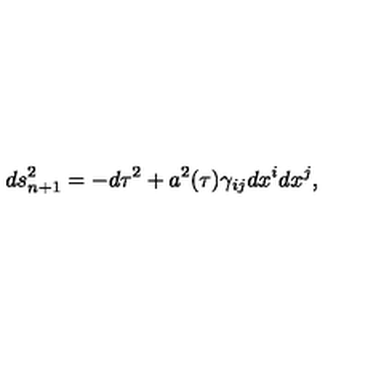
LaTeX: d s _ { n + 1 } ^ { 2 } = - d \tau ^ { 2 } + a ^ { 2 } ( \tau ) \gamma _ { i j } d x ^ { i } d x ^ { j } ,